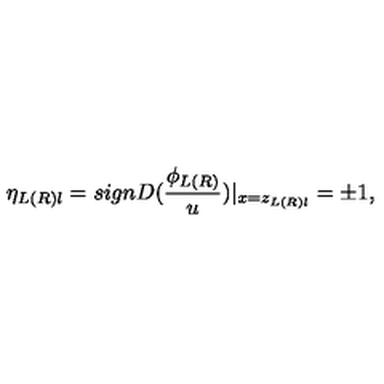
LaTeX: \eta _ { L ( R ) l } = s i g n D ( \frac { \phi _ { L ( R ) } } u ) | _ { x = z _ { L ( R ) l } } = \pm 1 ,